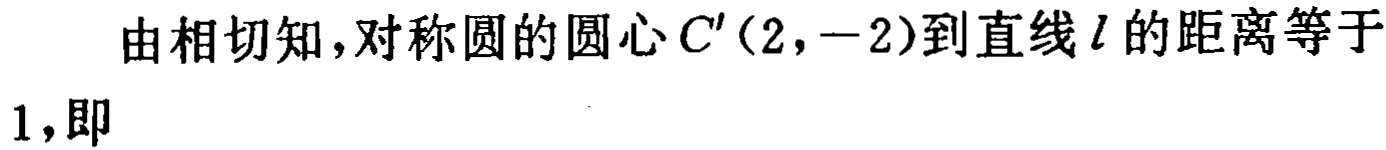
由相切知，对称圆的圆心\(C'(2,-2)\)到直线\(l\)的距离等于\(1\)，即